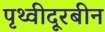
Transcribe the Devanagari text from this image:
पृथ्वीदूरबीन